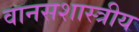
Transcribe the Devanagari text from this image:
वानसशास्त्रीय